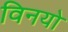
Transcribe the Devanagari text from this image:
विनयो